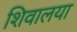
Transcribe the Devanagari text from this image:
शिवालया